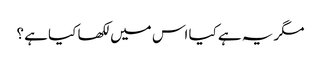
مگر یہ ہے کیا اس میں لکھا کیا ہے ؟